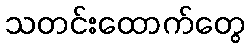
သတင်းထောက်တွေ